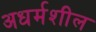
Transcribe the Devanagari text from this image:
अधर्मशील